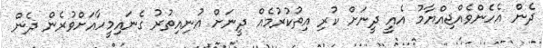
ދެން އެހެންވެއްޖިއްޔާމު އެއީ ދީނަށް ކުރި އިތުކުރުމެއް ދީނަށް އުނިއިތުރު ގެނައިމީހާއަށްވުރެން ދެން